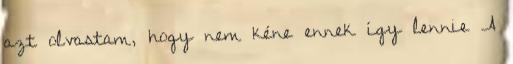
azt olvastam, hogy nem kéne ennek így lennie A